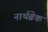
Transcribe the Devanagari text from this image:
नार्थब्रेक